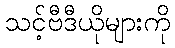
သင့်ဗီဒီယိုများကို